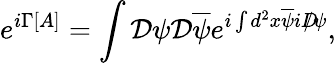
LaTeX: e^{i\Gamma[A]}=\int{\cal D}\psi{\cal D}\overline{{\psi}}e^{i\int d^{2}x\overline{{\psi}}iD\! \! \! /\psi},